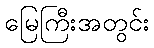
မြေကြီးအတွင်း